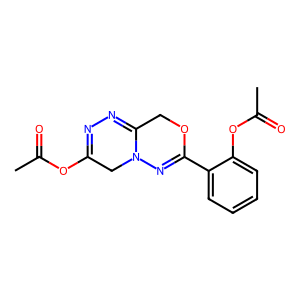
SMILES: CC(=O)OC1=NN=C2COC(c3ccccc3OC(C)=O)=NN2C1
Inhibits HIV replication: No